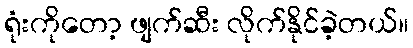
ရုံးကိုတော့ ဖျက်ဆီး လိုက်နိုင်ခဲ့တယ်။